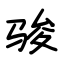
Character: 骏